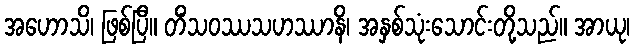
အဟောသိ၊ ဖြစ်ပြီ။ တိံသဝဿသဟဿာနိ၊ အနှစ်သုံးသောင်းတို့သည်။ အာယု၊